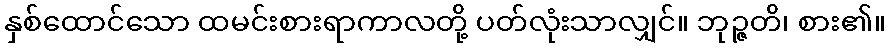
နှစ်ထောင်သော ထမင်းစားရာကာလတို့ ပတ်လုံးသာလျှင်။ ဘုဉ္ဇတိ၊ စား၏။